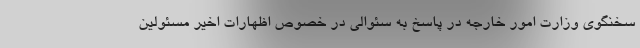
سخنگوی وزارت امور خارجه در پاسخ به سئوالی در خصوص اظهارات اخیر مسئولین